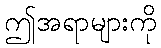
ဤအရာများကို